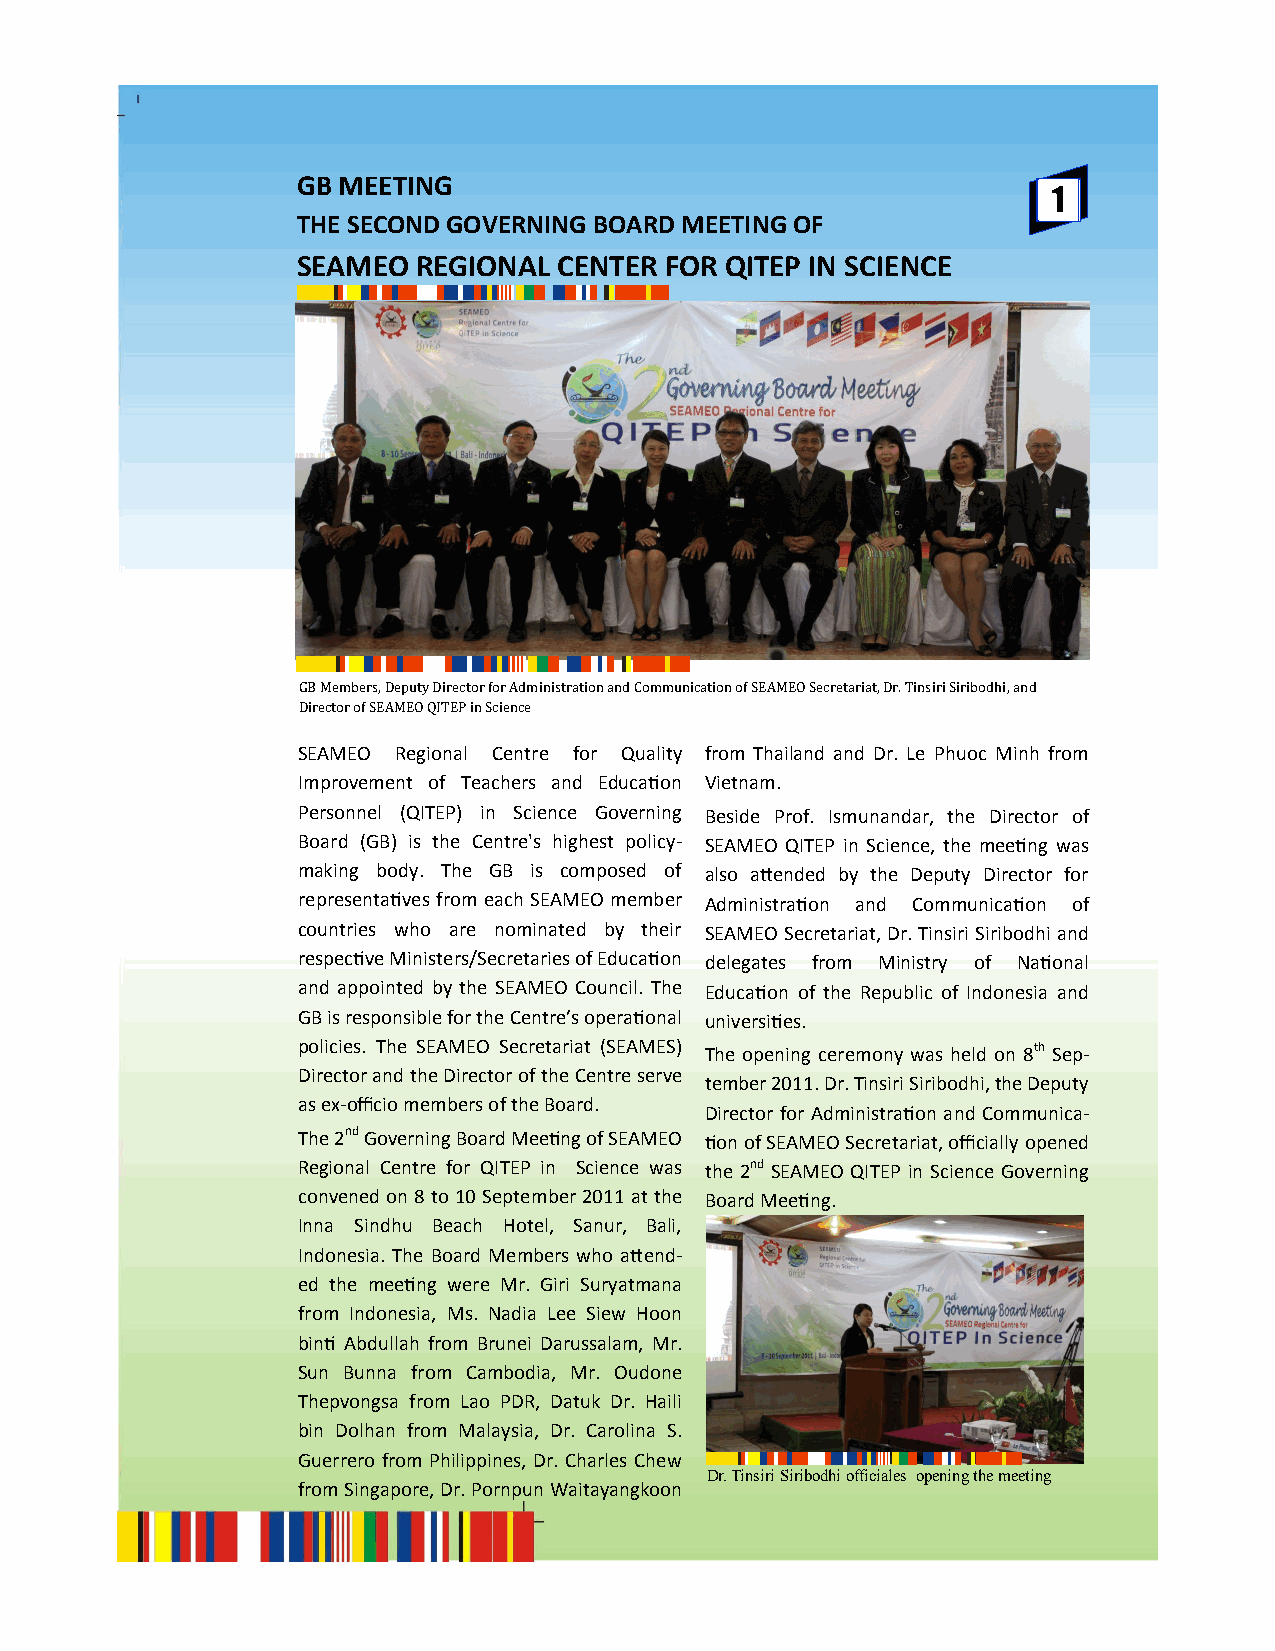
GB MEETING
 1
 THE SECOND GOVERNING BOARD MEETING OF
 SEAMEO  REGIONAL CENTER FOR QITEP IN SCIENCE
 GB Members, Deputy Director for Administration and Communication of SEAMEO Secretariat, Dr. Tinsiri Siribodhi, and
 Director of SEAMEO QITEP in Science
 SEAMEO Regional Centre for Quality f r o m Thailand and Dr. Le Phuoc Minh from
 Improvement of Teachers and Education Vietnam.
 Personnel (QITEP) in Science Governing Beside Prof. Ismunandar, the Director of
 Board (GB) is the Centre's highest policy- SEAMEO QITEP in Science, the meeting was
 making body. The GB is composed of a l so attended by the Deputy Director for
 representatives from each SEAMEO member Administration and Communication of
 countries who are nominated by their S EAMEO Secretariat, Dr. Tinsiri Siribodhi and
 respective Ministers/Secretaries of Education delegates from Ministry of National
 and appointed by the SEAMEO Council. The Education of the Republic of Indonesia and
 GB is responsible for the Centre’s operational universities.
 policies. The SEAMEO Secretariat (SEAMES) The opening ceremony was held on 8th Sep-
 Director and the Director of the Centre serve
 tember 2011. Dr. Tinsiri Siribodhi, the Deputy
 as ex-officio members of the Board.
 Director for Administration and Communica-
 The 2nd Governing Board Meeting of SEAMEO tion of SEAMEO Secretariat, officially opened
 Regional Centre for QITEP in Science was the 2nd SEAMEO QITEP in Science Governing
 convened on 8 to 10 September 2011 at the Board Meeting.
 Inna Sindhu Beach Hotel, Sanur, Bali,
 Indonesia. The Board Members who attend-
 ed the meeting were Mr. Giri Suryatmana
 from Indonesia, Ms. Nadia Lee Siew Hoon
 binti Abdullah from Brunei Darussalam, Mr.
 Sun Bunna from Cambodia, Mr. Oudone
 Thepvongsa from Lao PDR, Datuk Dr. Haili
 bin Dolhan from Malaysia, Dr. Carolina S.
 Guerrero from Philippines, Dr. Charles Chew
 Dr. Tinsiri Siribodhi officiales opening the meeting
 from Singapore, Dr. Pornpun Waitayangkoon